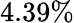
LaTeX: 4.39\%